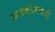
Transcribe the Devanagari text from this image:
यशवंतरावजी